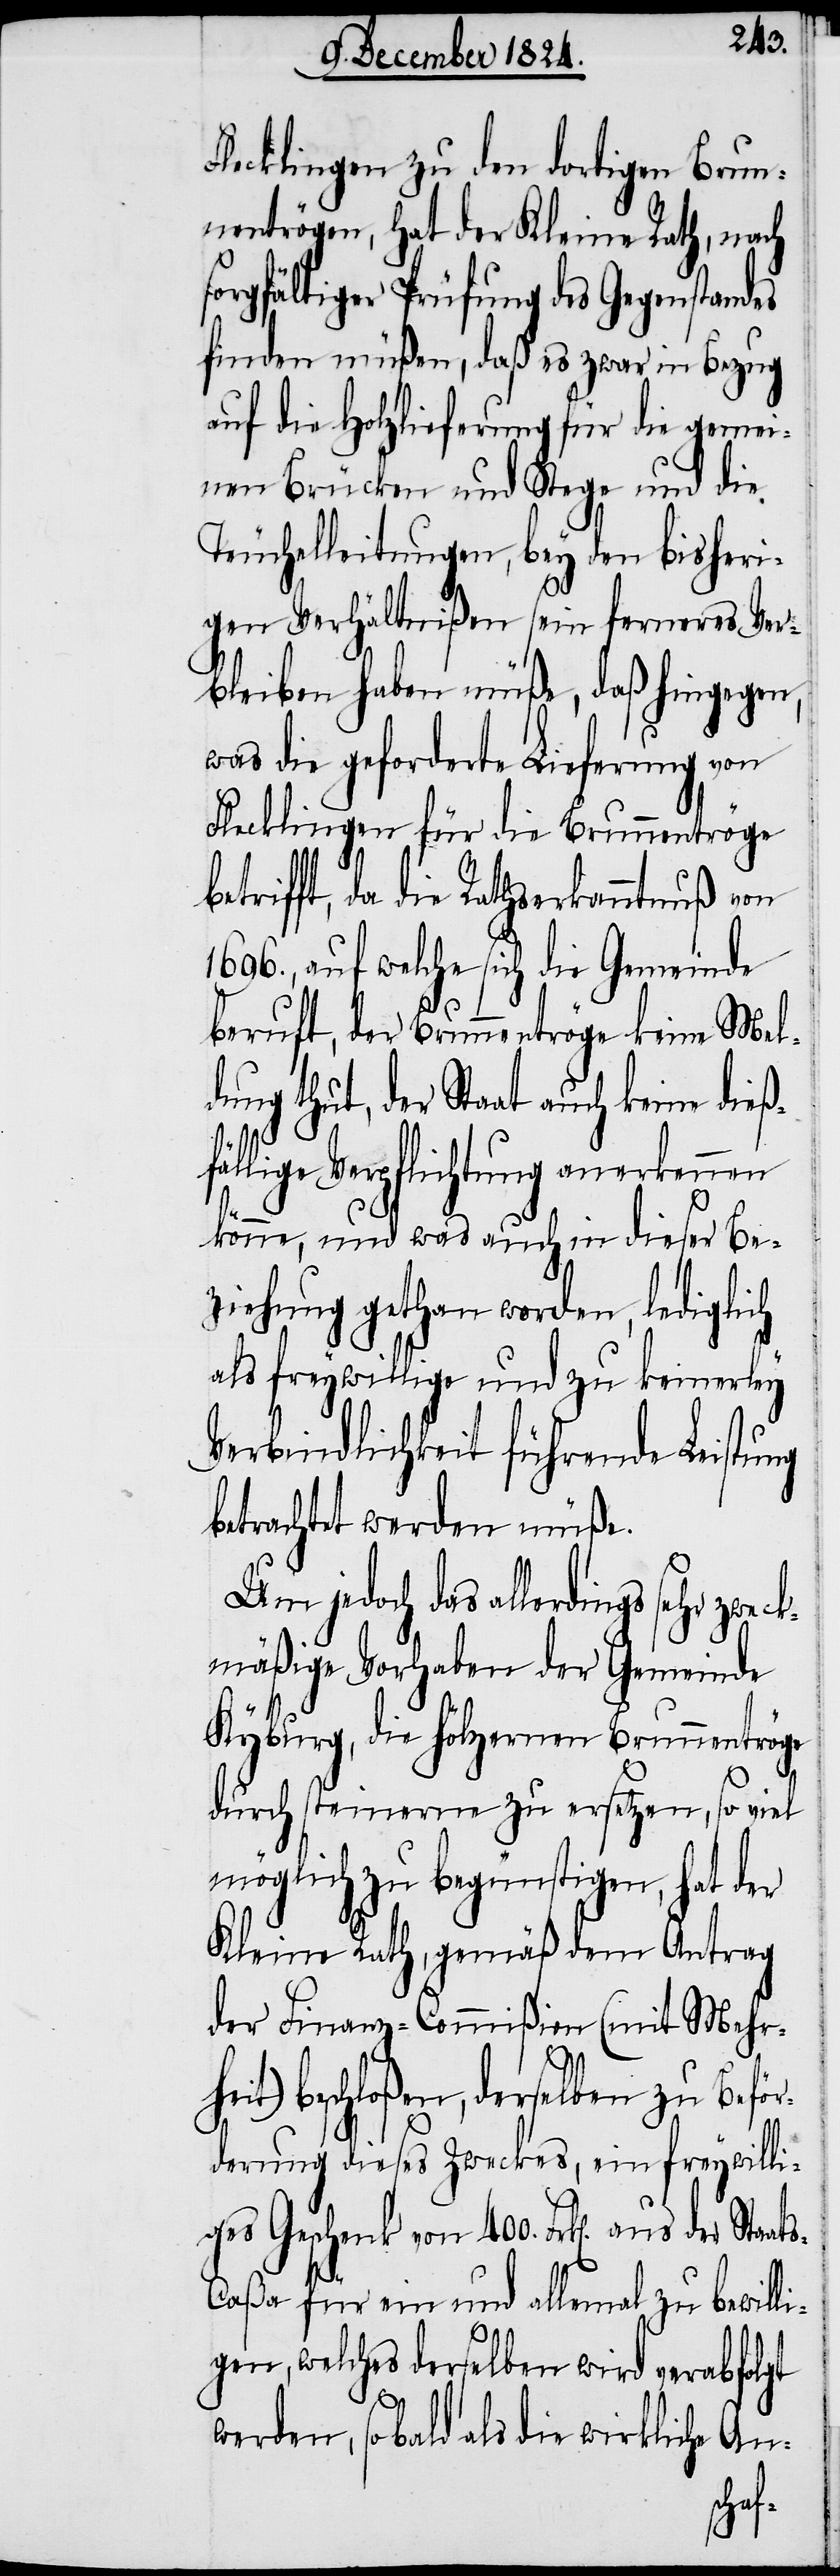
Flecklingen zu den dortigen Brun¬
nentrögen, hat der Kleine Rath, nach
sorgfältiger Prüfung des Gegenstandes
finden müßen, daß es zwar in Bezug
auf die Holzlieferung für die gemei¬
nen Brücken und Stege und die
Teuchelleitungen, bey den bisheri¬
gen Verhältnißen sein ferneres Ve¬
rbleiben haben müße, daß hingegen,
was die geforderte Lieferung von
Flecklingen für die Brunnentröge
etrifft, da die Rathserkanntnuß von
1696., auf welche sich die Gemeinde
beruft, der Brunnentröge keine Mel¬
dung thut, der Staat auch keine dieß¬
llige Verpflichtung anerkennen
könne, und was auch in dieser Be¬
ziehung gethan werden, lediglich
als freywillige und zu keinerley
Verbindlichkeit führende Leistung
betrachtet werden müße.
jedoch das allerdings sehr zwe¬
ckmäßige Vorhaben der Gemeinde
Kyburg, die hölzernen Brunnentrö¬
durch steinerne zu ersetzen, so viel
möglich zu begünstigen, hat der
Kleine Rath, gemäß dem Antrag
der Finanz-Commißion (mit Mehr¬
it) beschloßen, derselben zu Beför¬
derung dieses Zweckes, ein freywilli¬
ges Geschenk von 400. Frk[en]. aus der Sta¬
s-Caßa für ein und allemal zu bewilli¬
gen, welches derselben wird verabfolgt
werden, so bald als die wirkliche An-
at¬